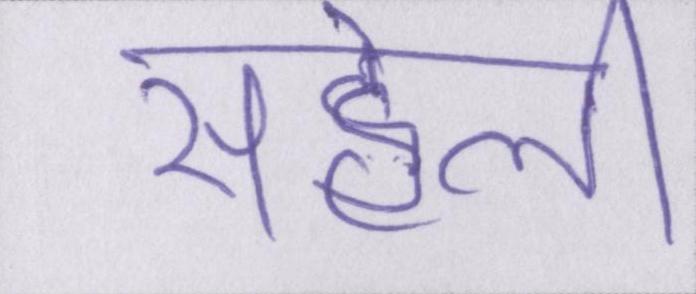
सहेली